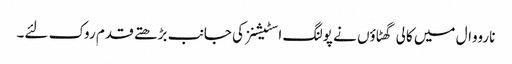
نارووال میں کالی گھٹاؤں نے پولنگ اسٹیشنز کی جانب بڑھتے قدم روک لئے۔